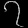
Digit: ၇